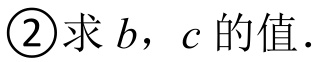
\(\textcircled{2}\)求\(b\)，\(c\)的值.